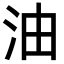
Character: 油